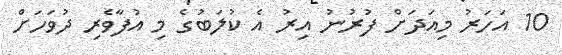
10 އަހަރު މިއަދަށް ފުރުނު އިރު އެ ކުލަބުގެ މި އުފާވެރި ދުވަހަށް